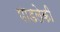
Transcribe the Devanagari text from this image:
पाडलेकी